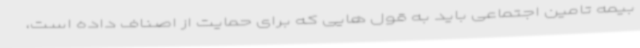
بیمه تامین اجتماعی باید به قول هایی که برای حمایت از اصناف داده است،